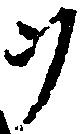
ヲ